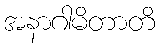
အနာဂါမိတာတိ